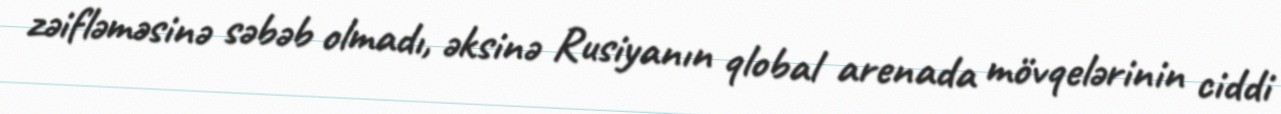
zəifləməsinə səbəb olmadı, əksinə Rusiyanın qlobal arenada mövqelərinin ciddi